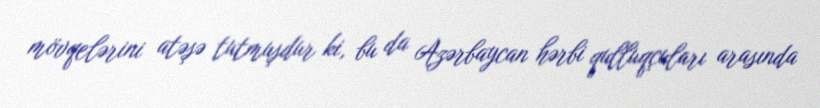
mövqelərini atəşə tutmuşdur ki, bu da Azərbaycan hərbi qulluqçuları arasında